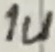
Text: 1u